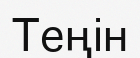
Теңін